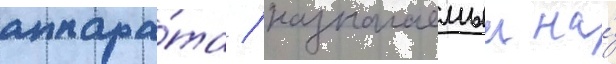
аппара́та / назначаемыи на́